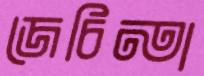
জেচিন্তা